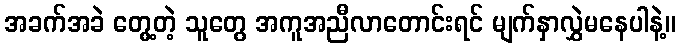
အခက်အခဲ တွေ့တဲ့ သူတွေ အကူအညီလာတောင်းရင် မျက်နှာလွှဲမနေပါနဲ့။